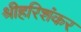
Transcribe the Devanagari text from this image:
श्रीहरिशंकर